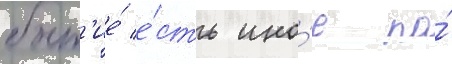
быт'ие́ е́сть ино́е по́